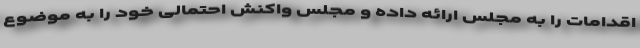
اقدامات را به مجلس ارائه داده و مجلس واکنش احتمالی خود را به موضوع